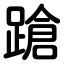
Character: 蹌